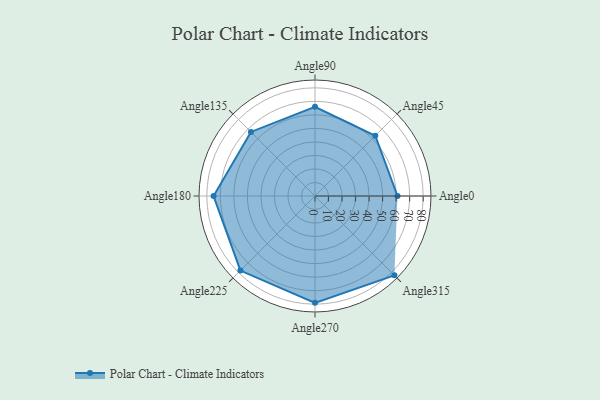
{"axis": {"x": "Angle", "y": "Radius"}, "legend": [""], "data": [{"x": "Angle0", "y": 61.0, "type": ""}, {"x": "Angle45", "y": 63.0, "type": ""}, {"x": "Angle90", "y": 66.0, "type": ""}, {"x": "Angle135", "y": 67.0, "type": ""}, {"x": "Angle180", "y": 75.0, "type": ""}, {"x": "Angle225", "y": 78.0, "type": ""}, {"x": "Angle270", "y": 79.0, "type": ""}, {"x": "Angle315", "y": 83.0, "type": ""}]}